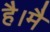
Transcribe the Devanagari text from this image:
है।मै